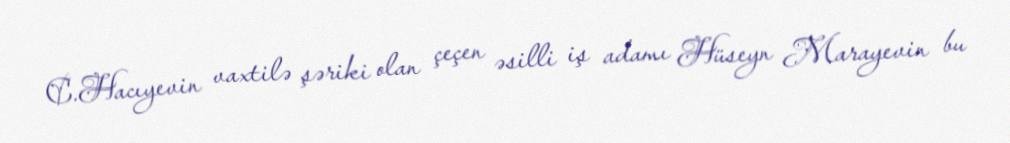
C.Hacıyevin vaxtilə şəriki olan çeçen əsilli iş adamı Hüseyn Marayevin bu